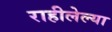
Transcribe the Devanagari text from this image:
राहीलेल्या